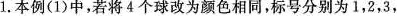
1.本例(1)中，若将4个球改为颜色相同，标号分别为1，2，3，